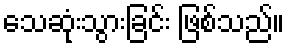
သေဆုံးသွားခြင်း ဖြစ်သည်။